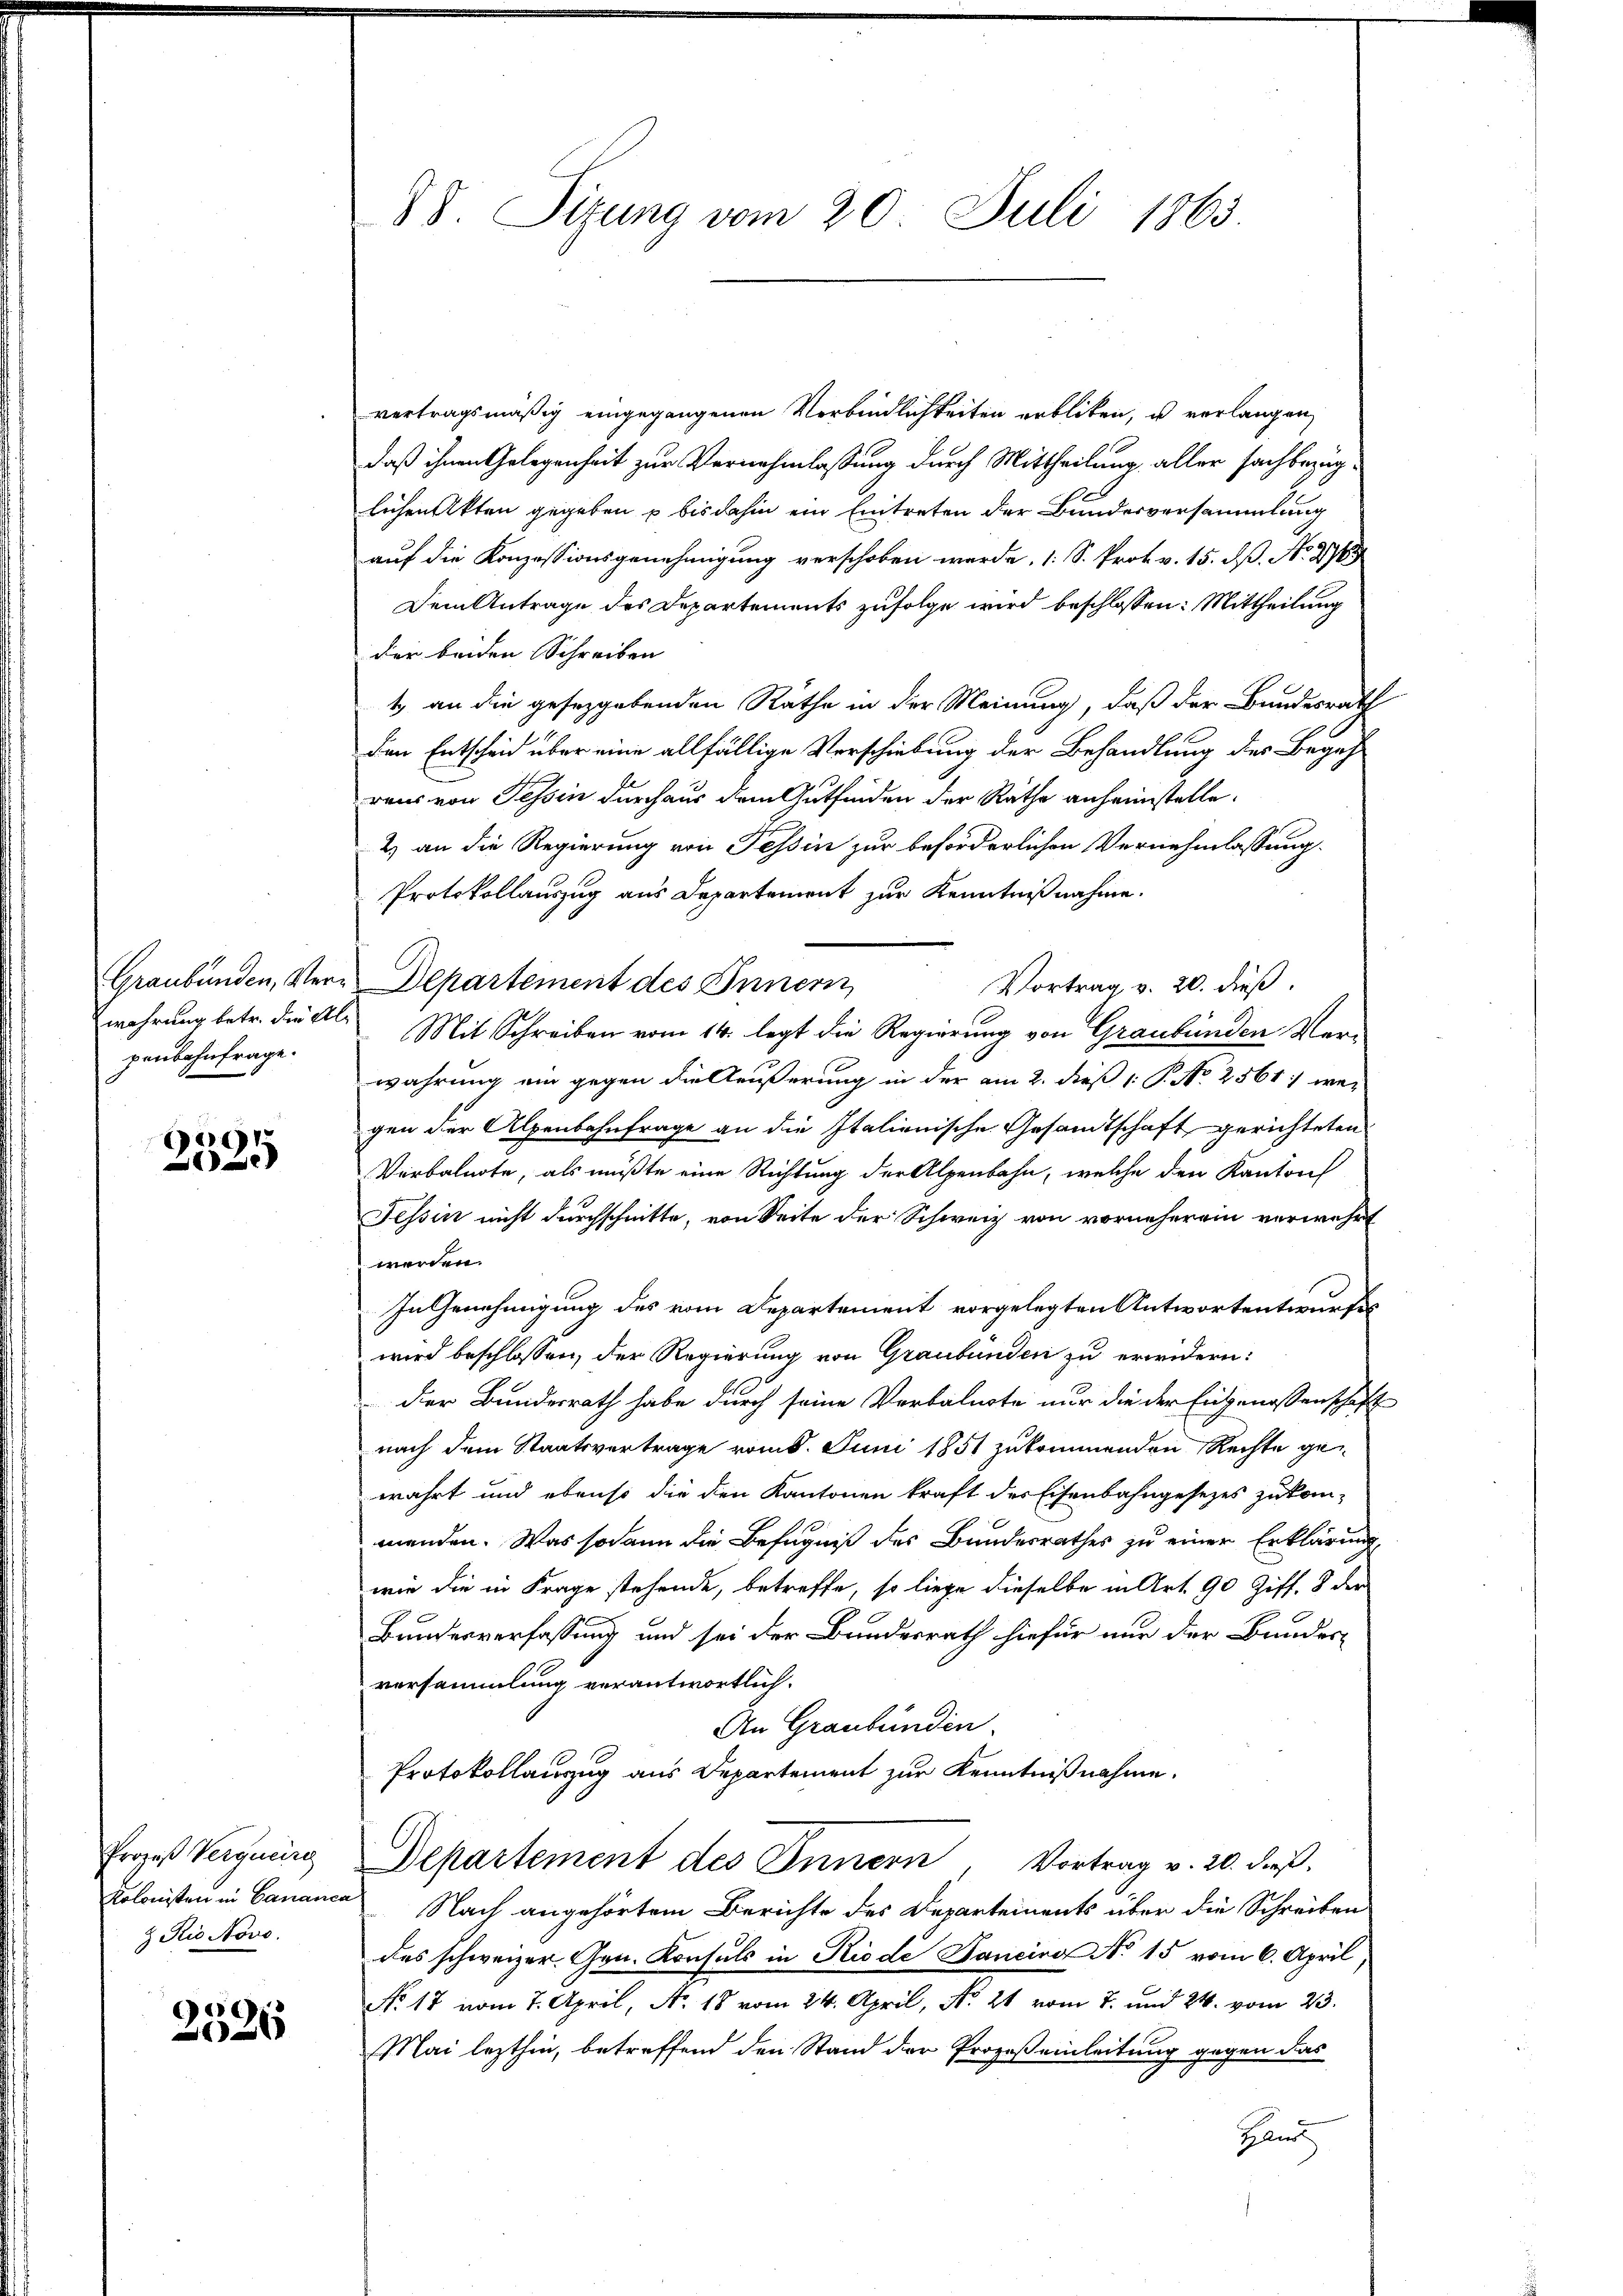
paubahnfrage.

2525

vertragsmäßig eingegangenen Verbindlichkeiten erblicken, u verlangen
daß ihnen Gelegenheit zur Vernehmlassung durch Mittheilung aller sachbezüglichen Akten gegeben u bis dahin ein Eintreten der Bundesversammlung
auf die Konzessionsgenehmigung verschoben werde, 1 S. Prot. v. 15. P. Nr. 276
Dem Antrage des Departements zufolge wird beschlossen: Mittheilung
der beiden Schreiben
1. an die geseggebenden Räthe in der Meinung, daß der Bundesrath
den Entscheid über eine allfällige Verschiebung der Behandlung des Begehraus von Tessin durchaus dem Gutfinden der Räthe anheimstelle.
2) an die Regierung von Tessin zur beförderlichen Vernehmlassung
Protokollauszug aus Departement zur Kenntnißnahme.
Graubünden, Ver-Departement des Innern
Vortrag v. 20. dieß.
wahrung betr. die als Mit Schreiben vom 14. legt die Regierung von Graubünden Marwahrung ein gegen die Aeußerung in der am 2. dieß 1: P. No 2561; wei
gen der Alpenbahnfrage an die Italienische Gesandtschaft gerichteten
Verbalnote, als müßte eine Richtung der Alpenbahn, welche den Kanton
Tessin nicht durchschnitte, von Seite der Schweiz von vorneherein verwahrt
werden.
In Genehmigung des vom Departement vorgelegten Antwortentwurfes
wird beschlossen, der Regierung von Graubünden zu erwidern:
der Bundesrath habe durch seine Verbalurte nur die der Eingenossenschaft
nach dem Staatsvertrage vom 8. Juni 1851 zukommenden Rechte gewahrt und ebenso die den Kantonen kraft des Eisenbahngesezes zukom-
menden. Was sodann die Befugniß des Bundesrathes zu einer Erklärung
wie die in Frage stehende, betreffe, so liege dieselbe in Art. 90 Ziff. 8 der
Bundesverfassung und sei der Bundesrath hiefür nur der Bundes-
versammlung verantwortlich.
An Graubünden.
Protokollauszug aus Departement zur Kenntnißnahme.
Departement des Innern, Vortrag v. 20. dieβ.
Kolonisten in Canance Nach angehörtem Berichte des Departements über die Schreiben
des schweizer. Hrn. Konsuls in Riode Janeine No 15 vom 6. April,
No 17 vom 7. April, No. 18 vom 24. April, No. 21 vom 7. und 24. vom 23.
Mai lezthin, betreffend den Stand der Prozeß einleitung gegen das
gland

Prozeß Verqueire
 Rio Novo.

2526

88. Sizung vom 20. Juli 1865